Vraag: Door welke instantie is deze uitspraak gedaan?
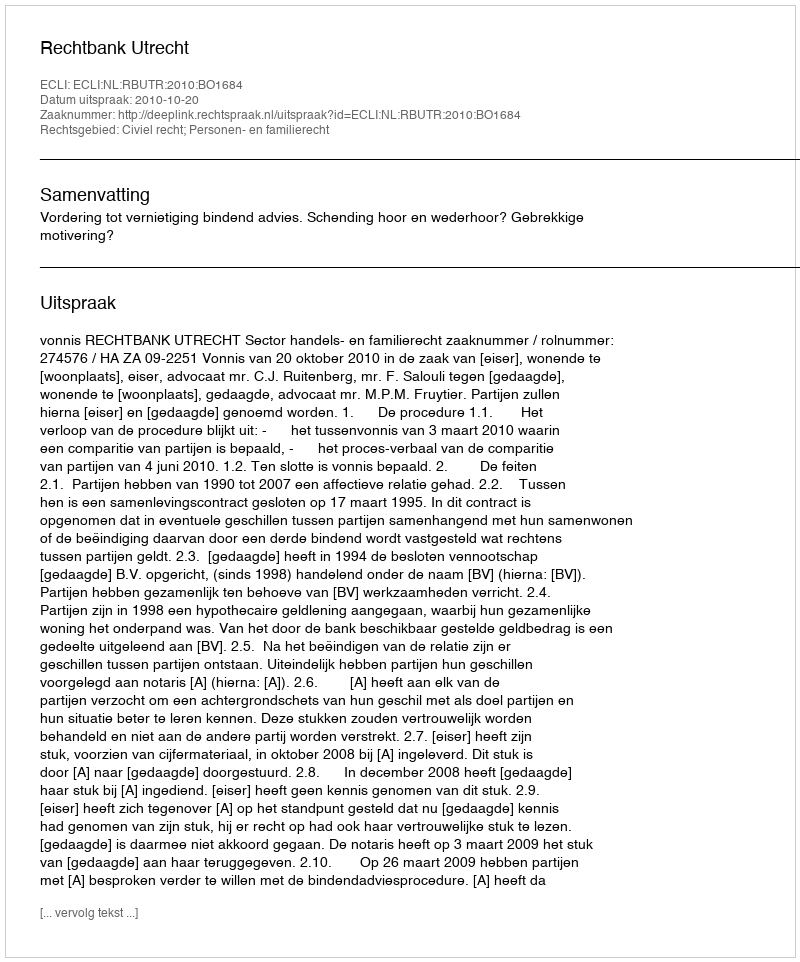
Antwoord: Rechtbank Utrecht